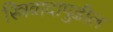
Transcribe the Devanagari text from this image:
स्त्रिवादापुढील